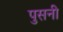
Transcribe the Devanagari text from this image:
पुसनी